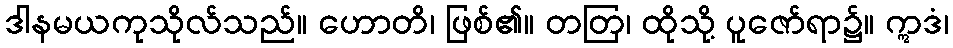
ဒါနမယကုသိုလ်သည်။ ဟောတိ၊ ဖြစ်၏။ တတြ၊ ထိုသို့ ပူဇော်ရာ၌။ ဣဒံ၊